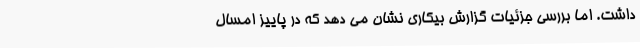
داشت. اما بررسی جزئیات گزارش بیکاری نشان می دهد که در پاییز امسال